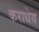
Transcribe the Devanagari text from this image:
कराधेय